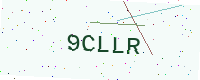
Text: 9CLLR